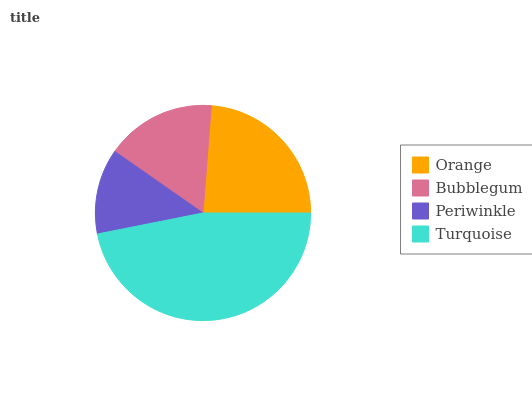
| Orange | Bubblegum | Periwinkle | Turquoise |
 | --- | --- | --- | --- |
 | 23.7% | 16.5% | 12.8% | 46.9% |